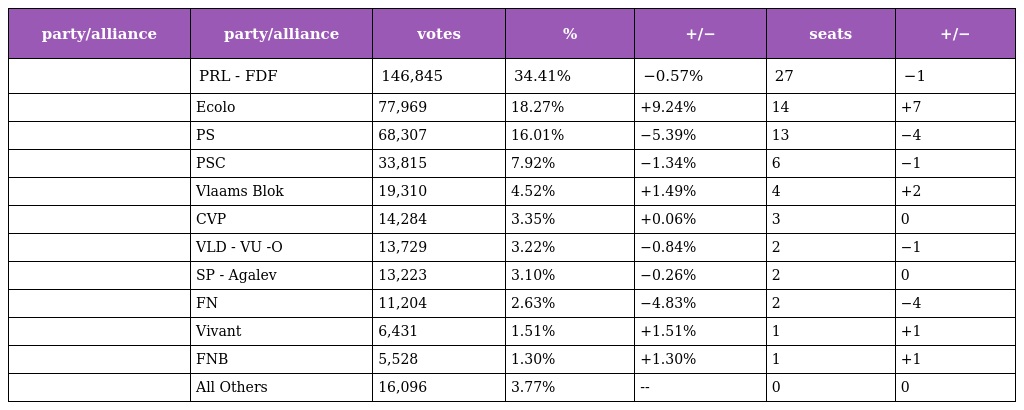
| party/alliance | party/alliance | votes | % | +/− | seats | +/− |
 | --- | --- | --- | --- | --- | --- | --- |
 |  | PRL - FDF | 146,845 | 34.41% | −0.57% | 27 | −1 |
 |  | Ecolo | 77,969 | 18.27% | +9.24% | 14 | +7 |
 |  | PS | 68,307 | 16.01% | −5.39% | 13 | −4 |
 |  | PSC | 33,815 | 7.92% | −1.34% | 6 | −1 |
 |  | Vlaams Blok | 19,310 | 4.52% | +1.49% | 4 | +2 |
 |  | CVP | 14,284 | 3.35% | +0.06% | 3 | 0 |
 |  | VLD - VU -O | 13,729 | 3.22% | −0.84% | 2 | −1 |
 |  | SP - Agalev | 13,223 | 3.10% | −0.26% | 2 | 0 |
 |  | FN | 11,204 | 2.63% | −4.83% | 2 | −4 |
 |  | Vivant | 6,431 | 1.51% | +1.51% | 1 | +1 |
 |  | FNB | 5,528 | 1.30% | +1.30% | 1 | +1 |
 |  | All Others | 16,096 | 3.77% | -- | 0 | 0 |